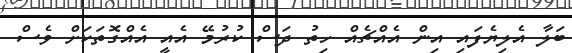
ބަލާ އެލިޔެފައި އިން އެއްޗެއް ހިތު ދަސް ކުރުމޭ އެއީ އެއްގޮތަކަށް ވެސް